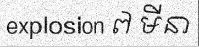
explosion ៧ មីនា